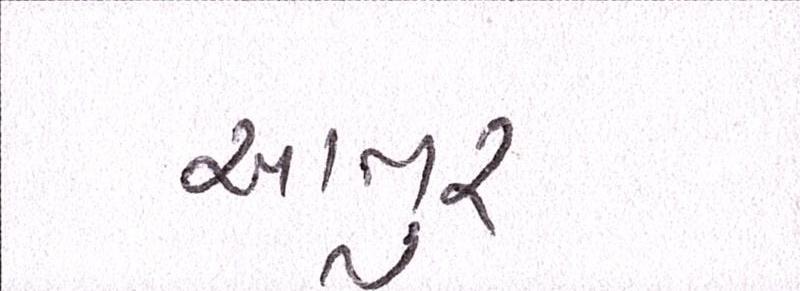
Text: આતુર